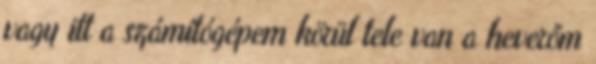
vagy itt a számítógépem körül tele van a heverőm